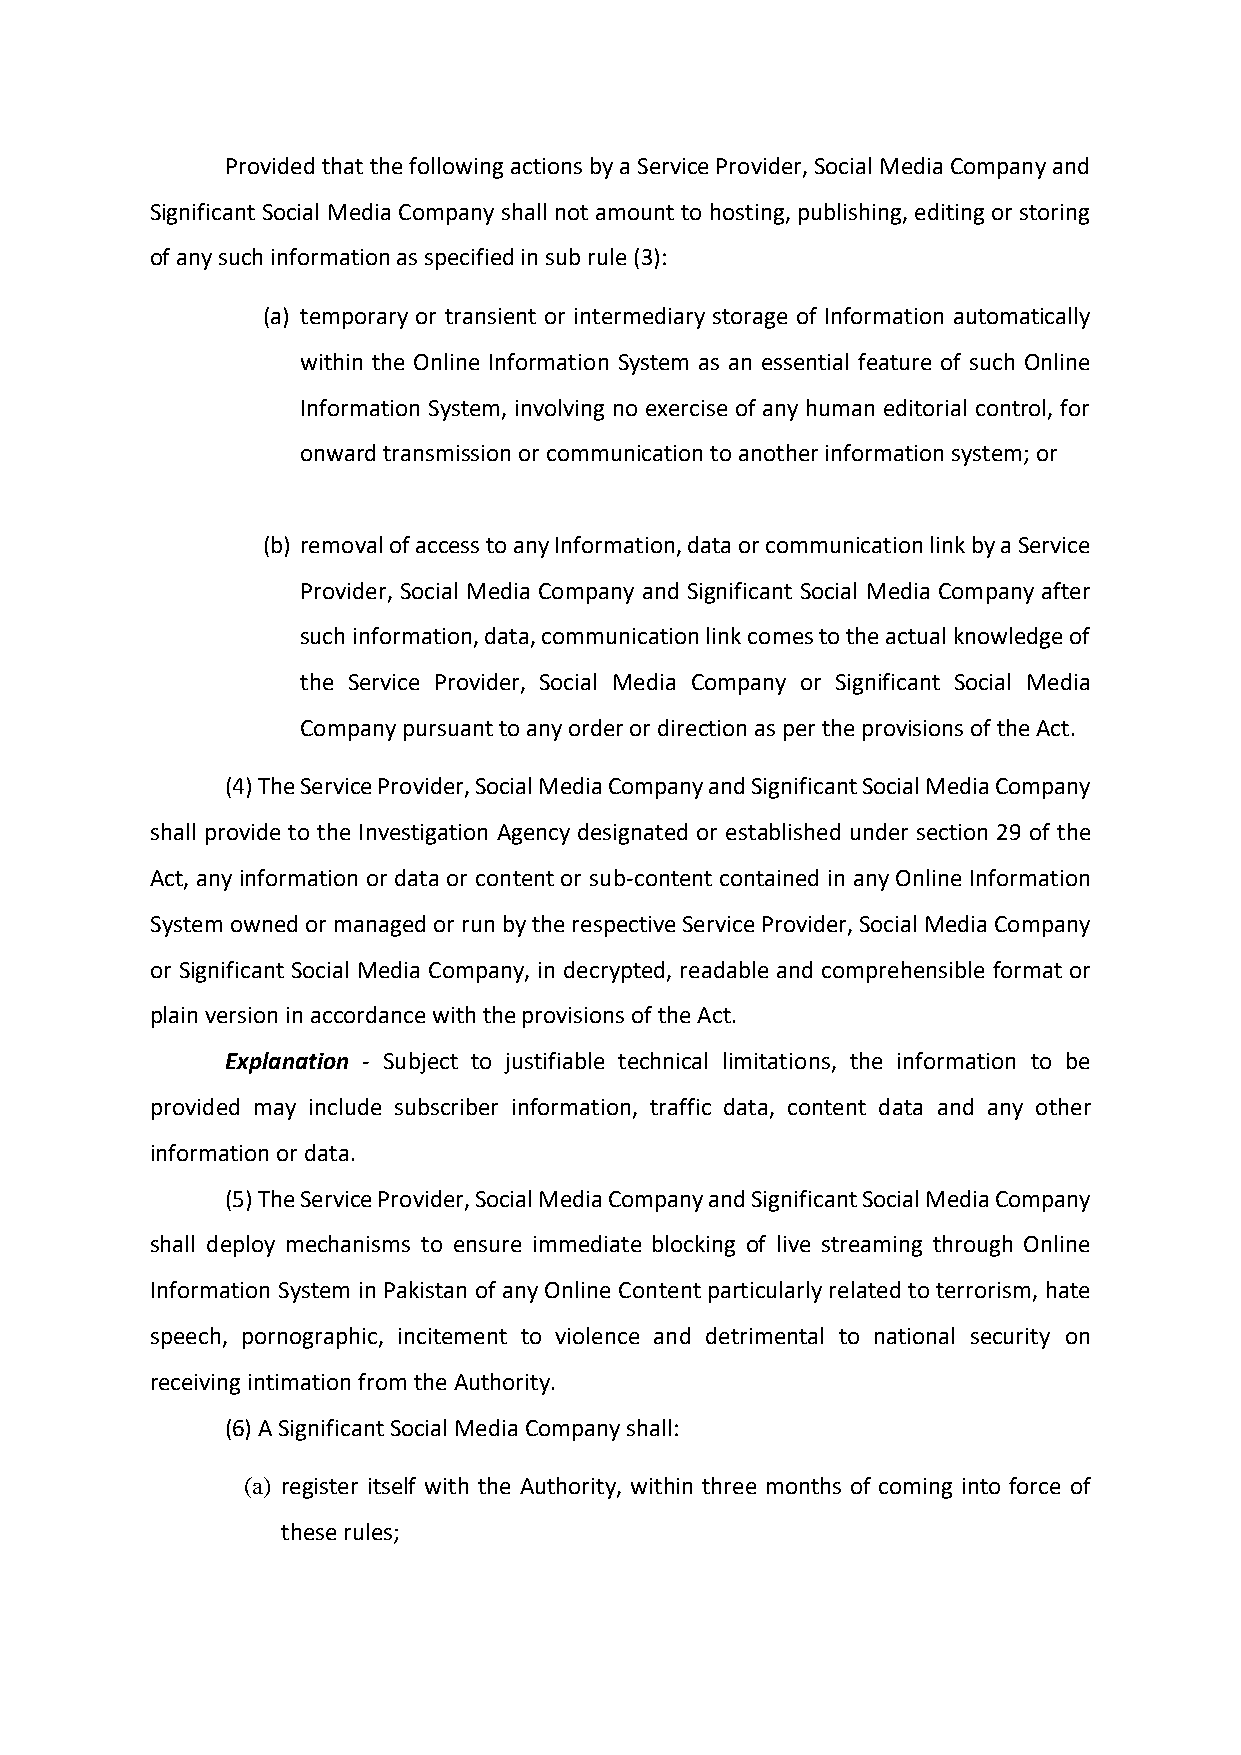
Provided that the following actions by a Service Provider, Social Media Company and
 Significant Social Media Company shall not amount to hosting, publishing, editing or storing
 of any such information as specified in sub rule (3):
 (a) temporary or transient or intermediary storage of Information automatically
 within the Online Information System as an essential feature of such Online
 Information System, involving no exercise of any human editorial control, for
 onward transmission or communication to another information system; or
 (b) removal of access to any Information, data or communication link by a Service
 Provider, Social Media Company and Significant Social Media Company after
 such information, data, communication link comes to the actual knowledge of
 the Service Provider, Social Media Company or Significant Social Media
 Company pursuant to any order or direction as per the provisions of the Act.
 (4) The Service Provider, Social Media Company and Significant Social Media Company
 shall provide to the Investigation Agency designated or established under section 29 of the
 Act, any information or data or content or sub-content contained in any Online Information
 System owned or managed or run by the respective Service Provider, Social Media Company
 or Significant Social Media Company, in decrypted, readable and comprehensible format or
 plain version in accordance with the provisions of the Act.
 Explanation - Subject to justifiable technical limitations, the information to be
 provided may include subscriber information, traffic data, content data and any other
 information or data.
 (5) The Service Provider, Social Media Company and Significant Social Media Company
 shall deploy mechanisms to ensure immediate blocking of live streaming through Online
 Information System in Pakistan of any Online Content particularly related to terrorism, hate
 speech, pornographic, incitement to violence and detrimental to national security on
 receiving intimation from the Authority.
 (6) A Significant Social Media Company shall:
 (a) register itself with the Authority, within three months of coming into force of
 these rules;